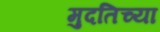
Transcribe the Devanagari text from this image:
मुदतिच्या